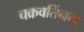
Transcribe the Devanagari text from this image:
चक्रवर्तिनम्